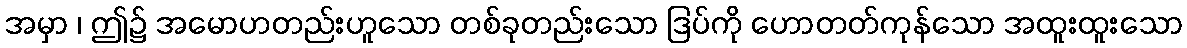
အမှာ ၊ ဤ၌ အမောဟတည်းဟူသော တစ်ခုတည်းသော ဒြပ်ကို ဟောတတ်ကုန်သော အထူးထူးသော